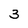
Character: 3